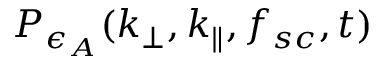
P _ { \epsilon _ { A } } ( k _ { \perp } , k _ { \parallel } , f _ { s c } , t )